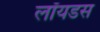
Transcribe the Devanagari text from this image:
लॉयडस